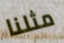
مثلنا